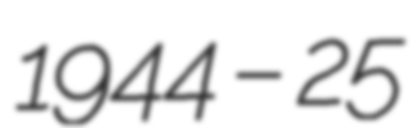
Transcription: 1944 – 25